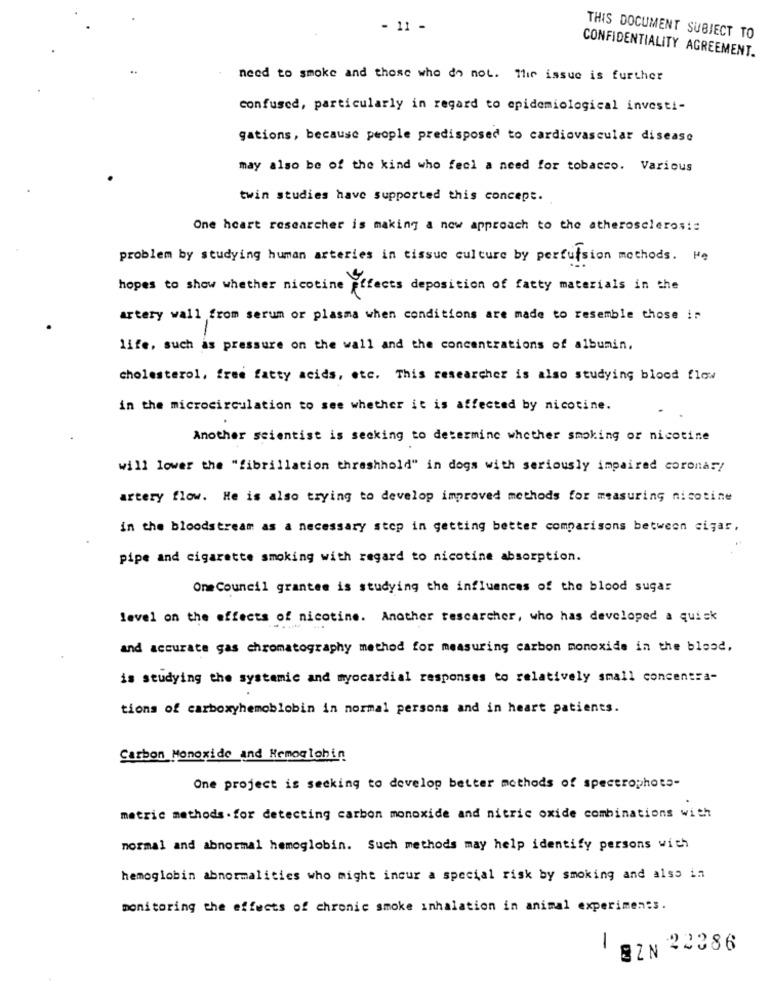
- 11 -
THIS DOCUMENT SUBJECT TO
CONFIDENTIALITY AGREEMENT.
need to smoke and those who do not. The issue is further
confused, particularly in regard to epidemiological investi-
gations, because people predisposed to cardiovascular disease
may also be of the kind who feel a need for tobacco. Various
twin studies have supported this concept.
One heart researcher is making a new approach to the atherosclerosis
problem by studying human arteries in tissue culture by perfusion methods. He
hopes to show whether nicotine effects deposition of fatty materials in the
artery wall from serum or plasma when conditions are made to resemble those in
life, such as pressure on the wall and the concentrations of albumin,
cholesterol, free fatty acids, etc. This researcher is also studying blood flow
in the microcirculation to see whether it is affected by nicotine.
Another scientist is seeking to determine whether smoking or nicotine
will lower the "fibrillation thrashhold" in dogs with seriously impaired coronas!
artery flow. He is also trying to develop improved methods for measuring nicotine
in the bloodstream as a necessary step in getting better comparisons between cigar,
pipe and cigarette smoking with regard to nicotine absorption.
OneCouncil grantee is studying the influences of the blood sugar
level on the effects of nicotine. Another rescarcher, who has developed a quick
and accurate gas chromatography method for measuring carbon monoxide in the blood,
is studying the systemic and myocardial responses to relatively small concentra-
tions of carboxyhemoblobin in normal persons and in heart patients.
Carbon Monoxide and Hemoglobin
One project is seeking to develop better methods of spectrophoto-
metric methods . for detecting carbon monoxide and nitric oxide combinations with
normal and abnormal hemoglobin. Such methods may help identify persons with
hemoglobin abnormalities who might incur a special risk by smoking and also in
monitoring the effects of chronic smoke inhalation in animal experiments.
-
BZN 22386